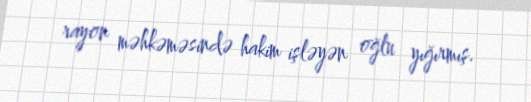
rayon məhkəməsində hakim işləyən oğlu yığırmış.